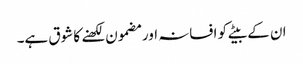
ان کے بیٹے کو افسانہ اور مضمون لکھنے کا شوق ہے۔